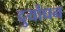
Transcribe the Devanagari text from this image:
दुर्योघन